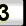
Digit: 3